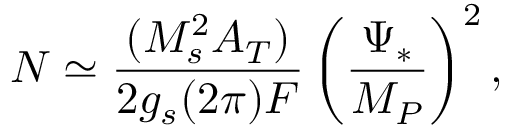
N \simeq \frac { ( M _ { s } ^ { 2 } A _ { T } ) } { 2 g _ { s } ( 2 \pi ) F } \left( \frac { \Psi _ { * } } { M _ { P } } \right) ^ { 2 } ,